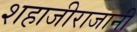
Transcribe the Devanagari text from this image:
शहाजीराजानी